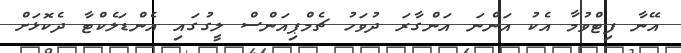
އޭނާ ފިޓްވުމާ އެކު އަންނަ އަންގާރަ ދުވަހު ޗެމްޕިއަންސް ލީގުގައި އެންޑަލެކްޓާ ދެކޮޅަށް